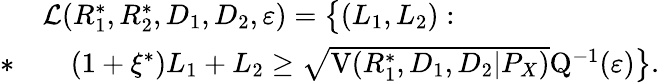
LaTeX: \begin{array}{rl}&{\mathcal{L}(R_{1}^{*},R_{2}^{*},D_{1},D_{2},\varepsilon)=\big\{ (L_{1},L_{2}):}\\ {*}&{\quad(1+\xi^{*})L_{1}+L_{2}\geq\sqrt{\mathrm{V}(R_{1}^{*},D_{1},D_{2}|P_{X})}\mathrm{Q}^{-1}(\varepsilon)\big\} .}\end{array}